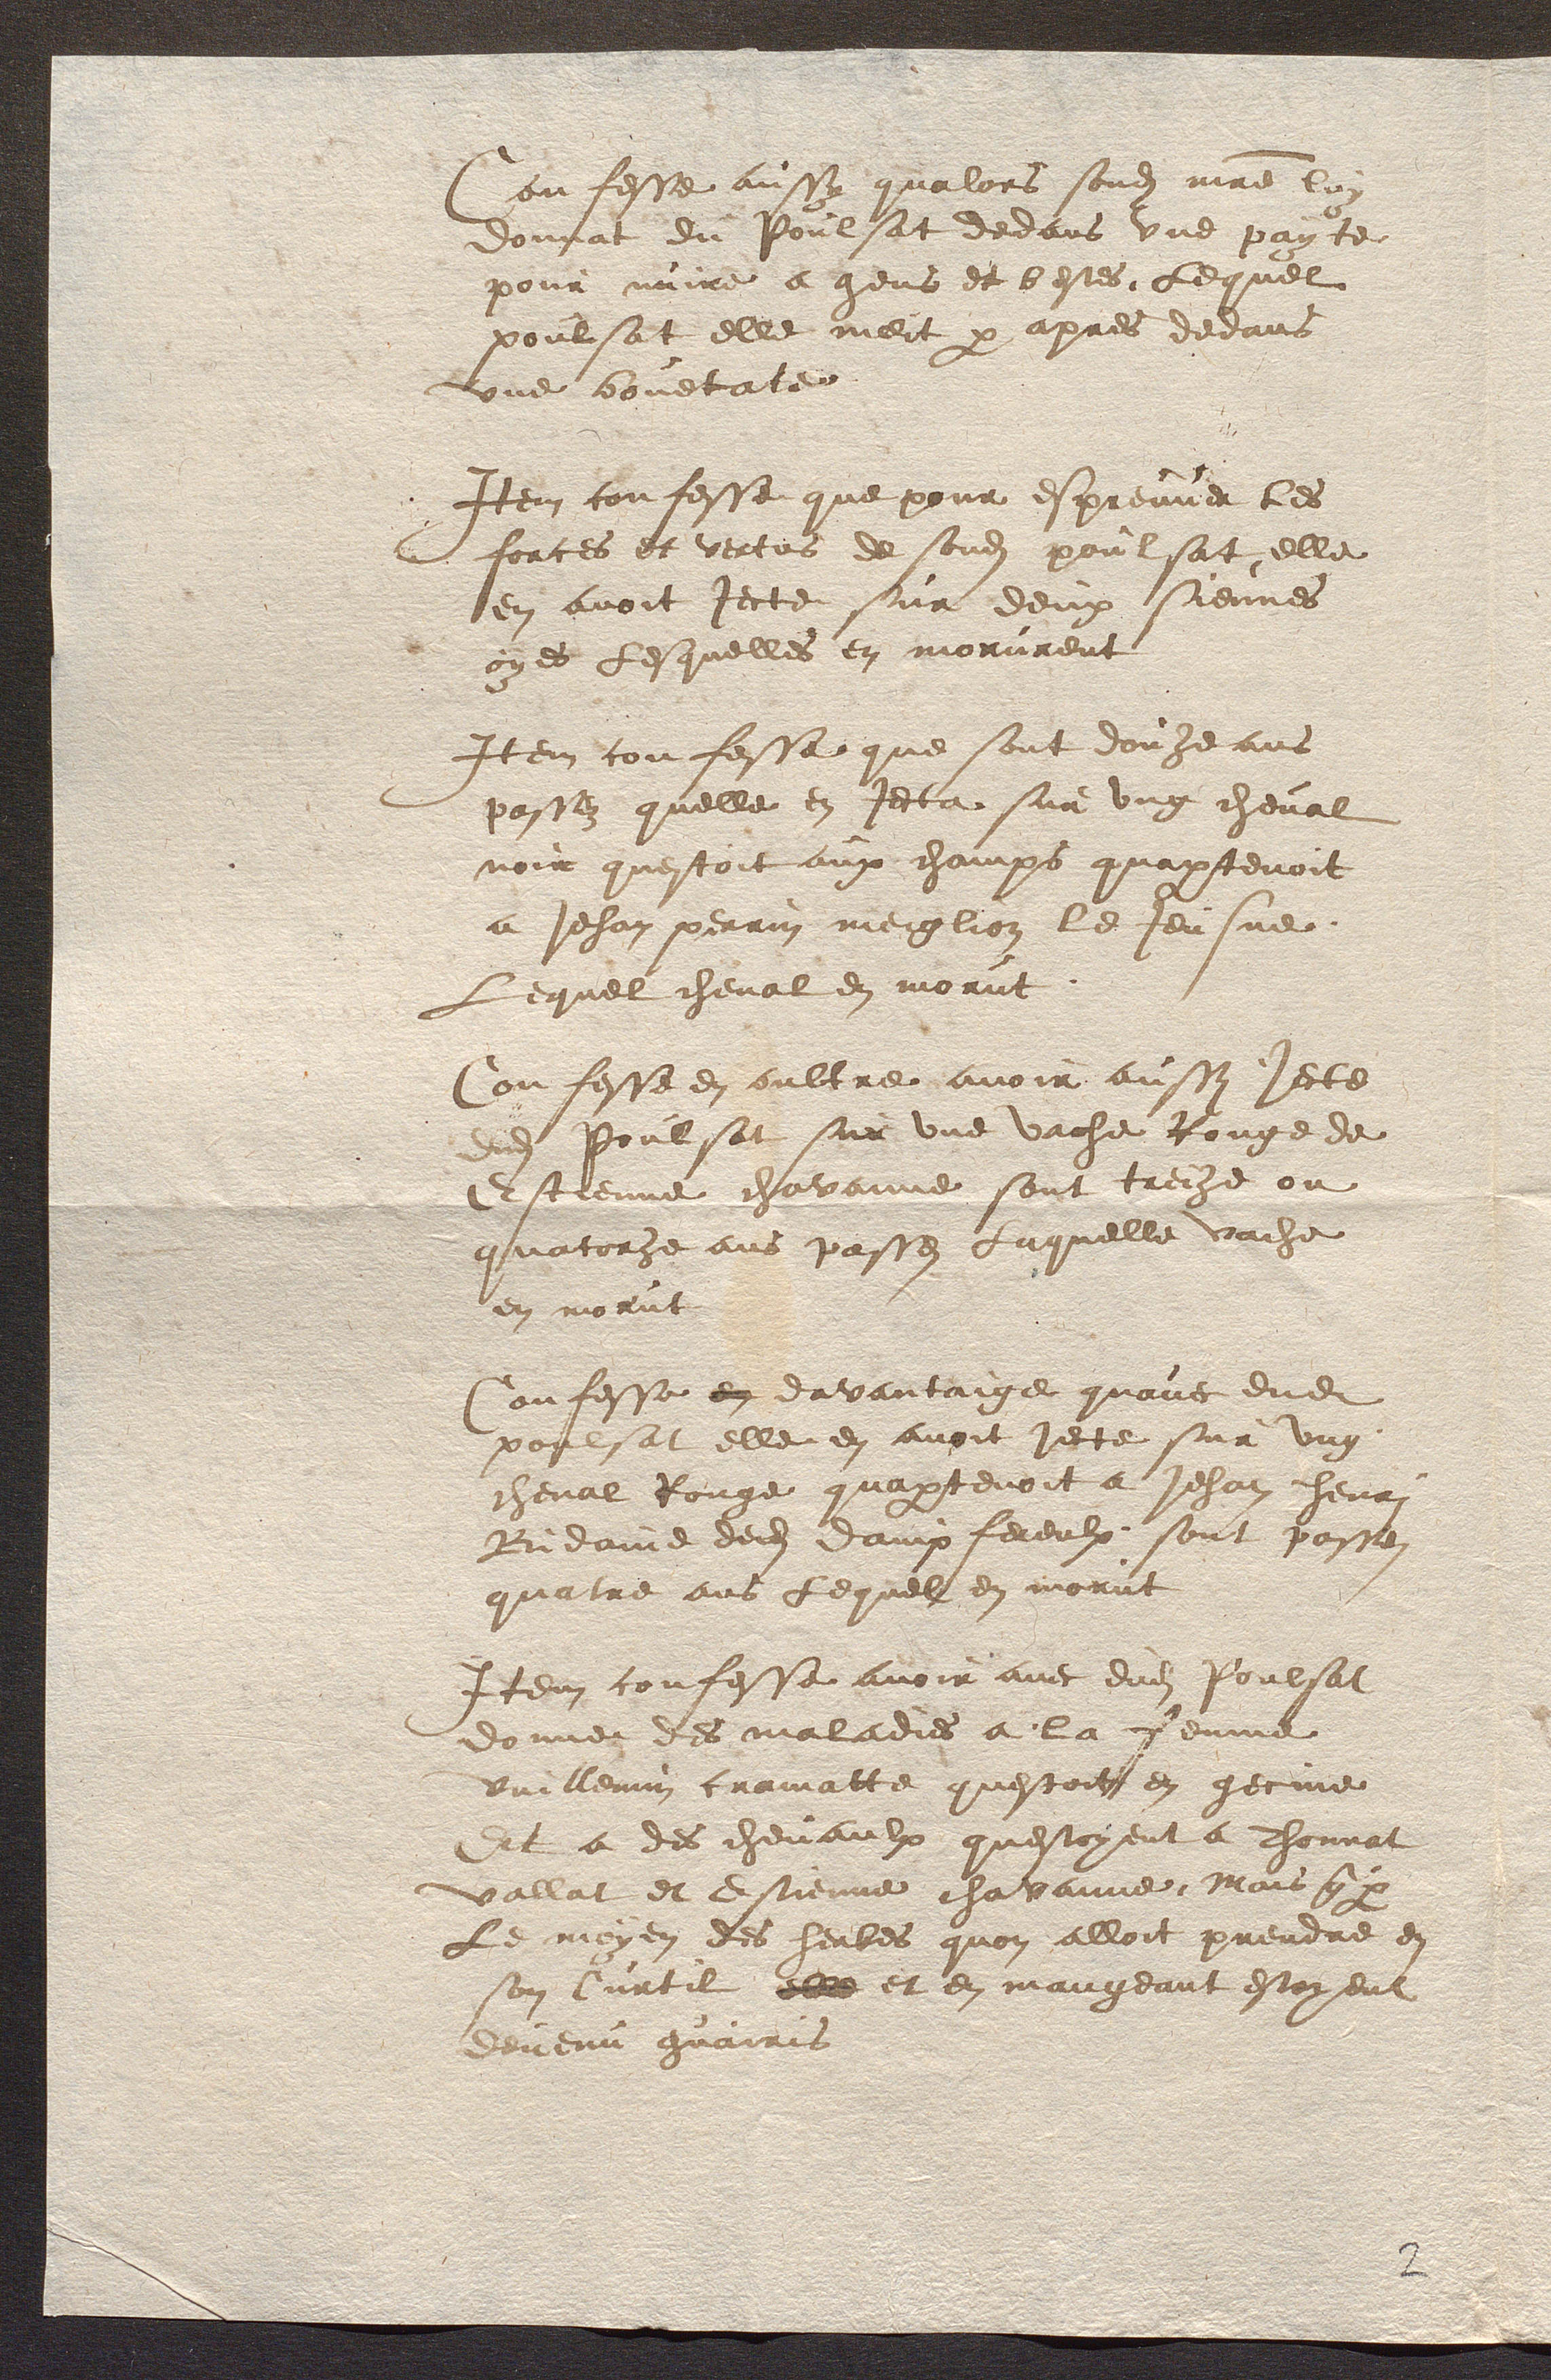
Confesse aussy qualors sondit maitre lon
donnat du Poulsat dedans une payte
pour nuire a gens et bestes, Lequel
poulsat elle meit par apres decans
une bouetate
Item confesse que pour espreuver les
forces et vertus de sondit poulsat, elle
en avoit jecte sur deux siennes
oyes Lesquelles en morurent
Item confessa que sont donze ans
passez quelle en jeta sur ung cheval
noir questoit aux champs quaptenoit
a Jehan perrin meiglion le Jeusne
Lequel cheval en morut.
Confesse en oultre avoir aussy jete
adit Poulsat sur une vache Rouge de
Estienne chavanne sont treche ou
quatorhe ans passes Laquelle vache
en morut
Confesse en davantaige quavec dudit
poglsat elle en avoit jecte sur ung
cheval Rouge quaptenoit a Jehan henri
Budaind dedit dampfereulx sont passei
quatre ans Lequel en morut
Item confesse avoir avec dudit Poulsat
donner des maladies a la ceume
duillemin cramatte questoit en gecine
Et a des chevaulx questoyent a Thonnat
vallat et Estienne chavanne. Mais qy
Le moyen des herbes quon alloit prendre en
son Curtil elle et en mangeant estoyent
devenu guairis